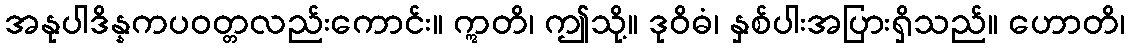
အနုပါဒိန္နကပဝတ္တလည်းကောင်း။ ဣတိ၊ ဤသို့။ ဒုဝိဓံ၊ နှစ်ပါးအပြားရှိသည်။ ဟောတိ၊